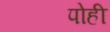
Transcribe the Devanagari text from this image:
पोही